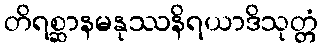
တိရစ္ဆာနမနုဿနိရယာဒိသုတ္တံ